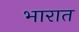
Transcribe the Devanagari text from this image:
भारात